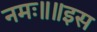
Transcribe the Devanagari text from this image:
नमः॥॥इस